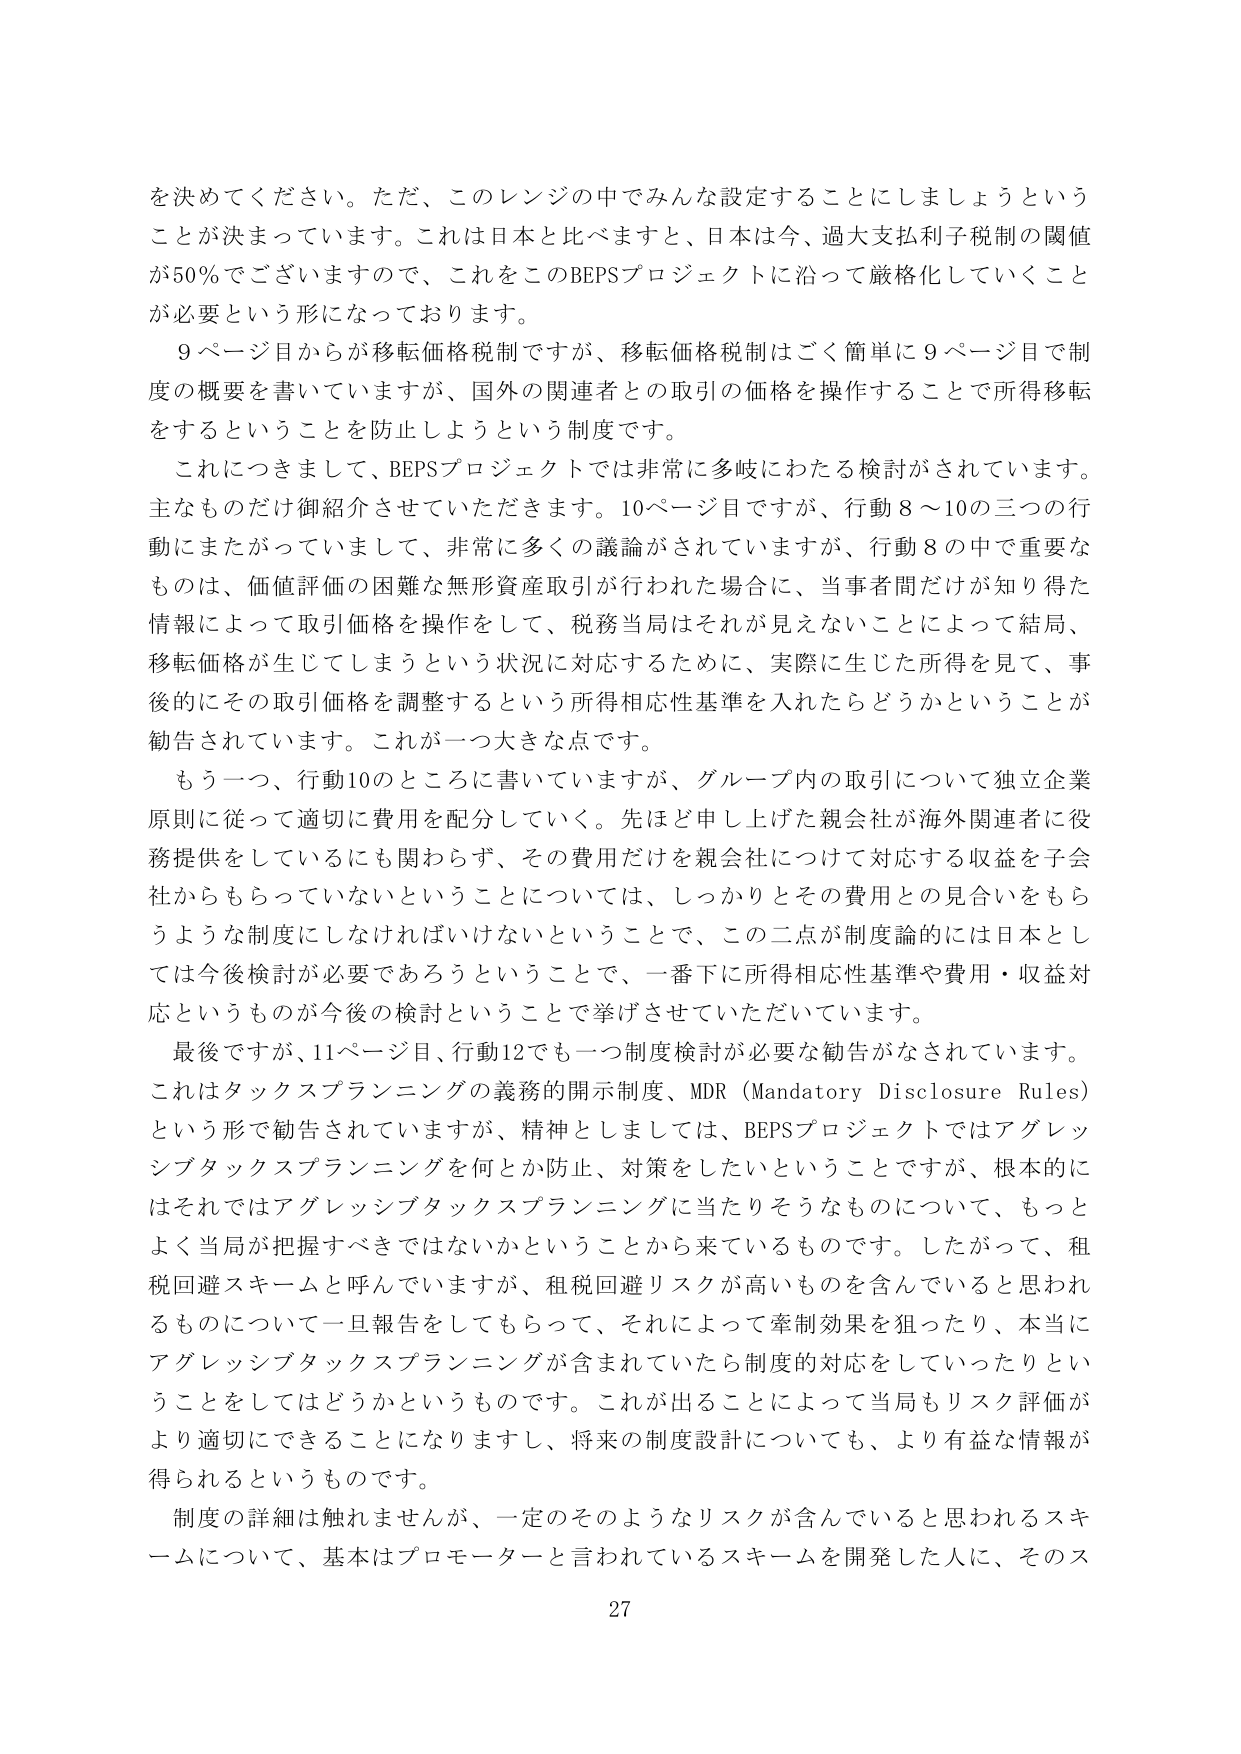
を決めてください。ただ、このレンジの中でみんな設定することにしましょうという
ことが決まってています。これは日本と比べますと、日本は今、過大支払利子税制の閾値
が50％でございますので、これをこのBEPSプロジェクトに沿って厳格化していくこと
が必要という形になっております。
9ページ目からが移転価格税制ですが、移転価格税制はごく簡単に9ページ目で制
度の概要を書いていますが、国外の関連者との取引の価格を操作することで所得移転
をするということを防止しようという制度です。
これにつきまして、BEPSプロジェクトでは非常に多岐にわたる検討がされています。
主なものだけ御紹介させていただきます。10ページ目ですが、行動8～10の三つの行
動にまたがっていまして、非常に多くの議論がされていますが、行動8の中で重要な
ものは、価値評価の困難な無形資産取引が行われた場合に、当事者間だけが知り得た
情報によって取引価格を操作をして、税務当局はそれが見えないことによって結局、
移転価格が生じてしまうという状況に対応するために、実際に生じた所得を見て、事
後的にその取引価格を調整するという所得相応性基準を入れたらどうかということが
勧告されています。これが一つ大きな点です。
もう一つ、行動10のところに書いていますが、グループ内の取引について独立企業
原則に従って適切に費用を配分していく。先ほど申し上げた親会社が海外関連者に役
務提供をしているにも関わらず、その費用だけを親会社につけして対応する収益を子会
社からもらっていないということについては、しっかりとその費用との見合いをもら
うような制度にしなければいけないということで、この二点が制度論的には日本とし
ては今後検討が必要であろうということで、一番下に所得相応性基準や費用・収益対
応というものが今後の検討ということで挙げさせていただいています。
最後ですが、11ページ目、行動12でも一つ制度検討が必要な勧告がなされています。
これはタックスプランニングの義務的開示制度、MDR（Mandatory Disclosure Rules）
という形で勧告されていますが、精神としましては、BEPSプロジェクトではアグレッ
シブタックスプランニングを何か防止、対策をしたいということですが、根本的に
はそれではアグレッシブタックスプランニングに当たりそうなものについて、もっと
よく当局が把握すべきではないかということから来ているものです。したがって、租
税回避スキームと呼んでいますが、租税回避リスクが高いものを含んでいると思われ
るものについて一旦報告をしてもらって、それによって牽制効果を狙ったり、本当に
アグレッシブタックスプランニングが含まれていたら制度的対応をしていったりとい
うことをしてはどうかというものです。これが出ることによって当局もリスク評価が
より適切にできることになりますし、将来の制度設計についても、より有益な情報が
得られるというものです。
制度の詳細は触れませんが、一定のそのようなリスクが含んでいると思われるスキ
ームについて、基本はプロモーターと言われているスキームを開発した人に、そのス
27